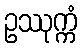
ဥဿုက္ကံ